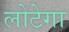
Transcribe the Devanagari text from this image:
लोटेगा